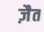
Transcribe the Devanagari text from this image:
ज़ैत